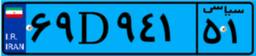
۲۰D۲۵۹۰۴